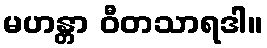
မဟန္တာ ဝီတသာရဒါ။